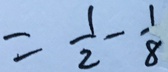
= \frac { 1 } { 2 } - \frac { 1 } { 8 }